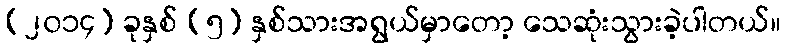
(၂၀၁၄) ခုနှစ် (၅) နှစ်သားအရွယ်မှာတော့ သေဆုံးသွားခဲ့ပါတယ်။